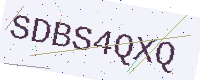
Text: SDBS4QXQ